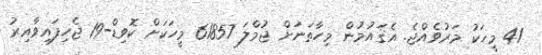
41 މީހަކު މަރުވެއްޖެ. އެޤައުމުން މިހާތަނަށް ޖުމްލަ 61857 މީހަކަށް ކޮވިޑް-19 ޖެހިފައިވާއިރު